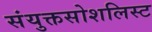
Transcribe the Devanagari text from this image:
संयुक्तसोशलिस्ट